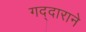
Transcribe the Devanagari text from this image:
गद्दाराने